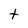
Character: t